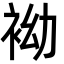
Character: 袎